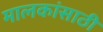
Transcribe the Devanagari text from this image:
मालकांसाठी